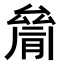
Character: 𠬐